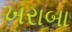
ખરાબા